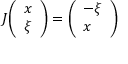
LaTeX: J { \left( \begin{array} { l } { x } \\ { \xi } \end{array} \right) } = { \left( \begin{array} { l } { - \xi } \\ { x } \end{array} \right) }